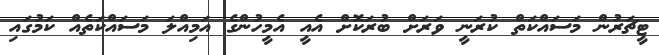
ޓީޗަރުން މަސައްކަތް ކުރަނީ ވަރަށް ބުރަކޮށް އެއީ އެމީހުންގެ އަމިއްލަ މަސައްކަތެއް ކަމުގައި